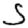
Digit: 5